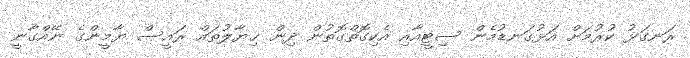
ރަނގަޅު ކުރުމަށް އަޅުގަނޑުމެން ސިޓީއާއި އެކިގޮތްގޮތުން ދިން ޚިޔާލުތައް ރައީސް ޔާމީންގެ ނޭއްގާނީ